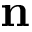
\mathbf { n }